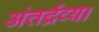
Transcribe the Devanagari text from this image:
अंतर्द्रव्य।